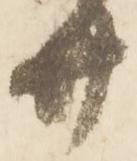
廿